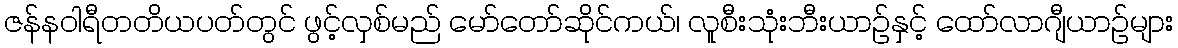
ဇန်နဝါရီတတိယပတ်တွင် ဖွင့်လှစ်မည် မော်တော်ဆိုင်ကယ်၊ လူစီးသုံးဘီးယာဉ်နှင့် ထော်လာဂျီယာဉ်များ